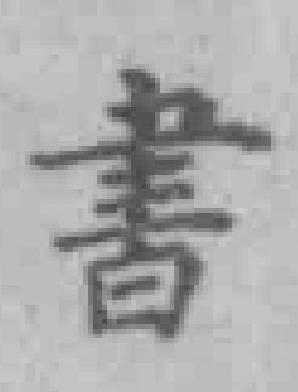
書